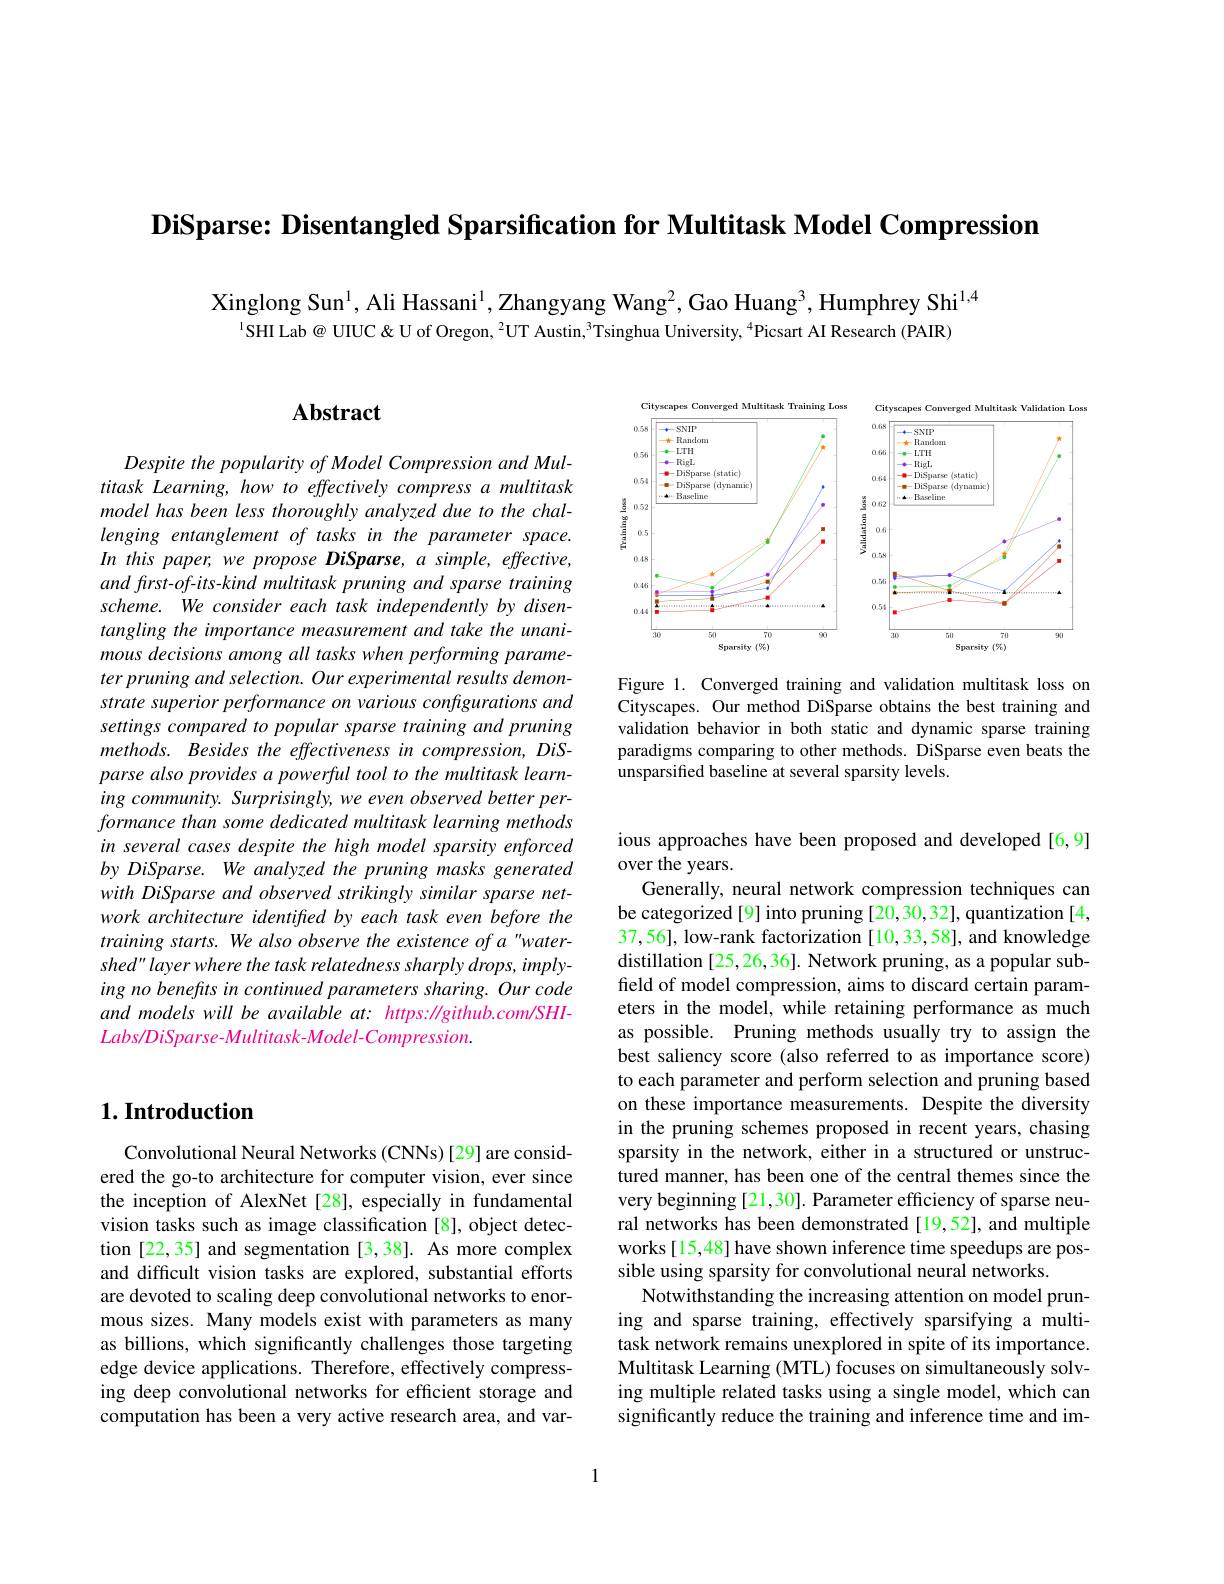
DiSparse: Disentangled Sparsification for Multitask Model Compression

Xinglong Sun$^{1}$, Ali Hassani$^{1}$, Zhangyang Wang$^{2}$, Gao Huang$^{3}$, Humphrey Shi$^{1,4}$
$^{1}$SHI Lab@ UIUC& U of Oregon, $^2$UT Austin, $^3$Tsinghua University, $^{4}$Picsart AI Research (PAIR)

### $1. \textbf{Introduction}$

Convolutional Neural Networks (CNNs) [29] are considered the go-to architecture for computer vision, ever since the inception of AlexNet [28], especially in fundamental vision tasks such as image classification [8], object detection [22,35] and segmentation [3,38]. As more complex and difficult vision tasks are explored, substantial efforts are devoted to scaling deep convolutional networks to enormous sizes. Many models exist with parameters as many as billions, which significantly challenges those targeting edge device applications. Therefore, effectively compressing deep convolutional networks for efficient storage and computation has been a very active research area, and var-

## $\mathbf{Abstract}$

Despite the popularity of Model Compression and Multitask Learning, how to effectively compress a multitask model has been less thoroughly analyzed due to the challenging entanglement of tasks in the parameter space. In this paper, we propose DiSparse, a simple, effective, and frst-of-its-kind multitask pruning and sparse training scheme. We consider each task independently by disentangling the importance measurement and take the unanimous decisions among all tasks when performing parameter pruning and selection. Our experimental results demonstrate superior performance on various configurations and settings compared to popular sparse training and pruning methods. Besides the effectiveness in compression, DiSparse also provides a powerful tool to the multitask learning community. Surprisingly, we even observed better performance than some dedicated multitask learning methods in several cases despite the high model sparsity enforced by DiSparse. We analyzed the pruning masks generated with DiSparse and observed strikingly similar sparse network architecture identifred by each task even before the training starts. We also observe the existence of a "watershed" layer where the task relatedness sharply drops, implying no benefits in continued parameters sharing. Our code and models will be available at: https: //github.com/SHILabs/DiSparse-Multitask-Model-Compression.

<FigureHere>

Figure 1. Converged training and validation multitask loss on Cityscapes. Our method DiSparse obtains the best training and validation behavior in both static and dynamic sparse training paradigms comparing to other methods. DiSparse even beats the unsparsified baseline at several sparsity levels.

ious approaches have been proposed and developed [6,9]
over the years.
Generally, neural network compression techniques can be categorized [9] into pruning [20,30,32], quantization [4, 37,56], low-rank factorization [10,33,58], and knowledge distillation [25,26,36]. Network pruning, as a popular subfield of model compression, aims to discard certain parameters in the model, while retaining performance as much as possible. Pruning methods usually try to assign the best saliency score (also referred to as importance score) to each parameter and perform selection and pruning based on these importance measurements. Despite the diversity in the pruning schemes proposed in recent years, chasing sparsity in the network, either in a structured or unstructured manner, has been one of the central themes since the very beginning [21,30]. Parameter efficiency of sparse neural networks has been demonstrated[19,52], and multiple works[15,48] have shown inference time speedups are possible using sparsity for convolutional neural networks.
Notwithstanding the increasing attention on model pruning and sparse training, effectively sparsifying a multitask network remains unexplored in spite of its importance. Multitask Learning (MTL) focuses on simultaneously solving multiple related tasks using a single model, which can significantly reduce the training and inference time and im-

1